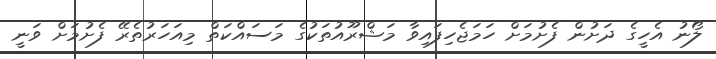
ލޯނު އެހީގެ ދަށުން ފެށުމަށް ހަމަޖެހިފައިވާ މަޝްރޫއުތަކުގެ މަސައްކަތް މިއަހަރުތެރޭ ފެށުމަށް ވަނީ